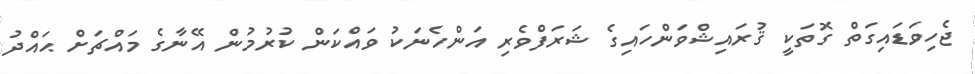
ޖެހިވަޑައިގަތް ގޮތަކީ ޤުރައިޝްވަންހައިގެ ޝަރަފްވެރި އަންހެނަކު ވައްކަން ކުރުމުން އޭނާގެ މައްޗަށް ޙައްދު